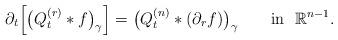
LaTeX: \begin{align*}\partial_t\Big[\big(Q^{(r)}_t\ast f\big)_\gamma\Big]=\big(Q^{(n)}_t\ast (\partial_r f)\big)_\gamma\qquad\mbox{in }\,\,{\mathbb{R}}^{n-1}.\end{align*}